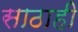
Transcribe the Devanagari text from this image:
साठाही